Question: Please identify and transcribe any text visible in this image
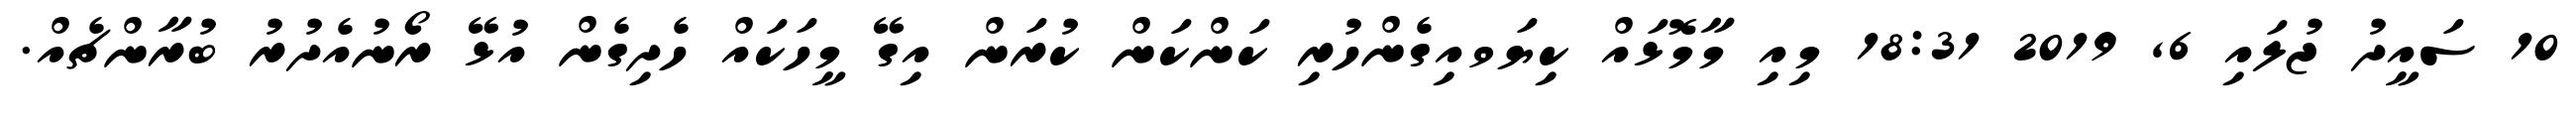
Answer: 10 ސައީދު ޖުލައި 6, 2019 18:31 މިއި މާމޮޅައް ކިޔަވއިގެންހުރި ކަންކަން ކުރަން އިގޭ މީހަކައް ހެދިގެން އުޅޭ ރޯނުއެދުރު ބުރާންޗެއް.